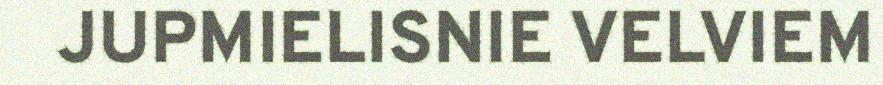
JUPMIELISNIE VELVIEM